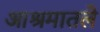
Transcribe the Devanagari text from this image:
आश्रमातले